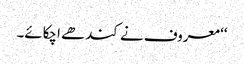
‘‘ معروف نے کندھے اچکائے۔